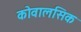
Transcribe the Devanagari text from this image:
कोवालसिक